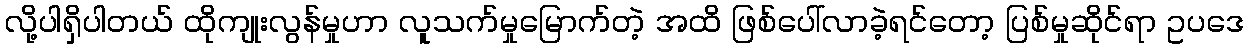
လို့ပါရှိပါတယ် ထိုကျုးလွန်မှုဟာ လူသက်မှုမြောက်တဲ့ အထိ ဖြစ်ပေါ်လာခဲ့ရင်တော့ ပြစ်မှုဆိုင်ရာ ဥပဒေ